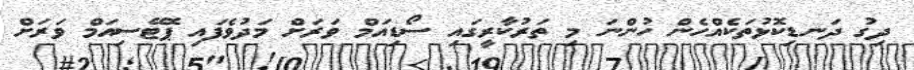
ދިގު ދަނޑިކޮޅުތަކެއްހެން ހުންނަ މި ތަރުކާރީގައި ސޯޑިއަމް ވަރަށް މަދުވެފައި ޕޮޓޭސިއަމް ވަރަށް